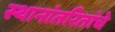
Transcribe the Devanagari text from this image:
स्थानांतरितांचे